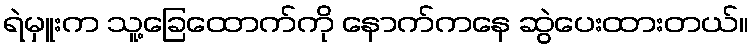
ရဲမှူးက သူ့ခြေထောက်ကို နောက်ကနေ ဆွဲပေးထားတယ်။